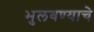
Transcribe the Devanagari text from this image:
भुलवण्याचे